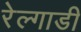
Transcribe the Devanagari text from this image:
रेल्गाडी